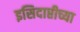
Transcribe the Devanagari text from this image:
इसिदाप्तीच्या